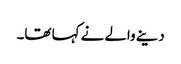
دینے والے نے کہا تھا۔